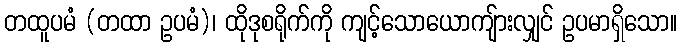
တထူပမံ (တထာ ဥပမံ)၊ ထိုဒုစရိုက်ကို ကျင့်သောယောကျ်ားလျှင် ဥပမာရှိသော။